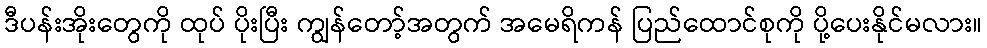
ဒီပန်းအိုးတွေကို ထုပ် ပိုးပြီး ကျွန်တော့်အတွက် အမေရိကန် ပြည်ထောင်စုကို ပို့ပေးနိုင်မလား။